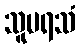
သူပရသံ